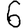
Digit: 6